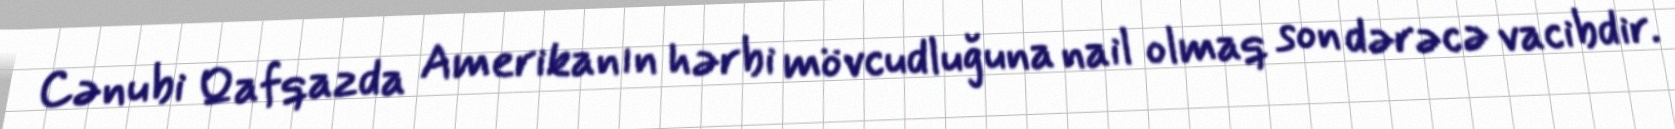
Cənubi Qafqazda Amerikanın hərbi mövcudluğuna nail olmaq son dərəcə vacibdir.